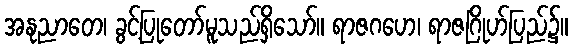
အနုညာတေ၊ ခွင့်ပြုတော်မူသည်ရှိသော်။ ရာဇဂဟေ၊ ရာဇဂြိုဟ်ပြည်၌။